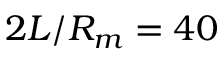
2 L / R _ { m } = 4 0